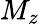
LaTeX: M_{z}